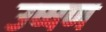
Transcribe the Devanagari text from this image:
उष्षण